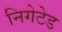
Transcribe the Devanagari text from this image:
निगेटेड